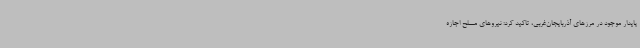
پایدار موجود در مرزهای آذربایجان‌غربی، تاکید کرد: نیروهای مسلح اجازه